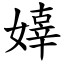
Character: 嫴